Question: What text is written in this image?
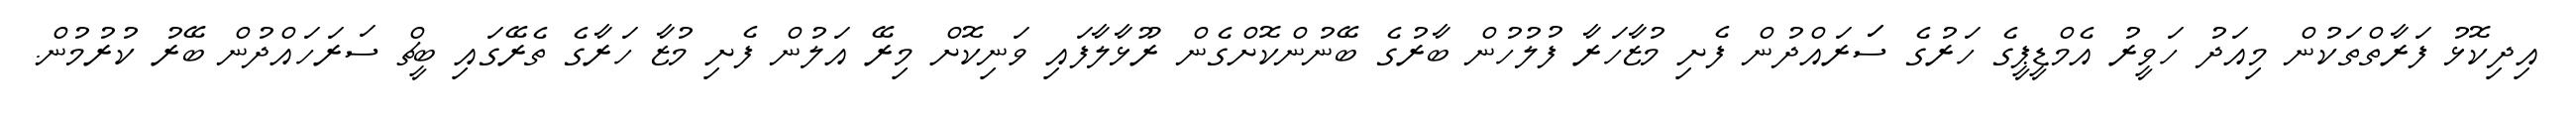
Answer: އިދިކޮޅު ފަރާތްތަކުން މިއަދު ހަވީރު އެމްޑީޕީގެ ހަރުގެ ސަަރައްދުން ފެށި މުޒާހަރާ ފުލުހުން ބާރުގެ ބޭނުންކޮށްގެން ރޫޅާލާފައި ވަނިކޮށް މިރޭ އަލުން ފެށި މުޒާ ހަރާގެ ތެރޭގައި ބީޗް ސަރަހައްދުން ބޭރު ކުރުމުން.